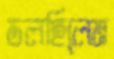
ডলছিলেম